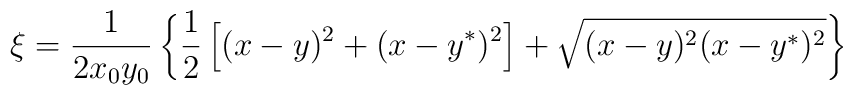
\xi = \frac1{2x_0y_0} \left\{ \frac12 \left[ (x-y)^2 +(x-y^*)^2 \right] +\sqrt{(x-y)^2(x-y^*)^2} \right\}